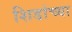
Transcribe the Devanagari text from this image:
शिडांच्या